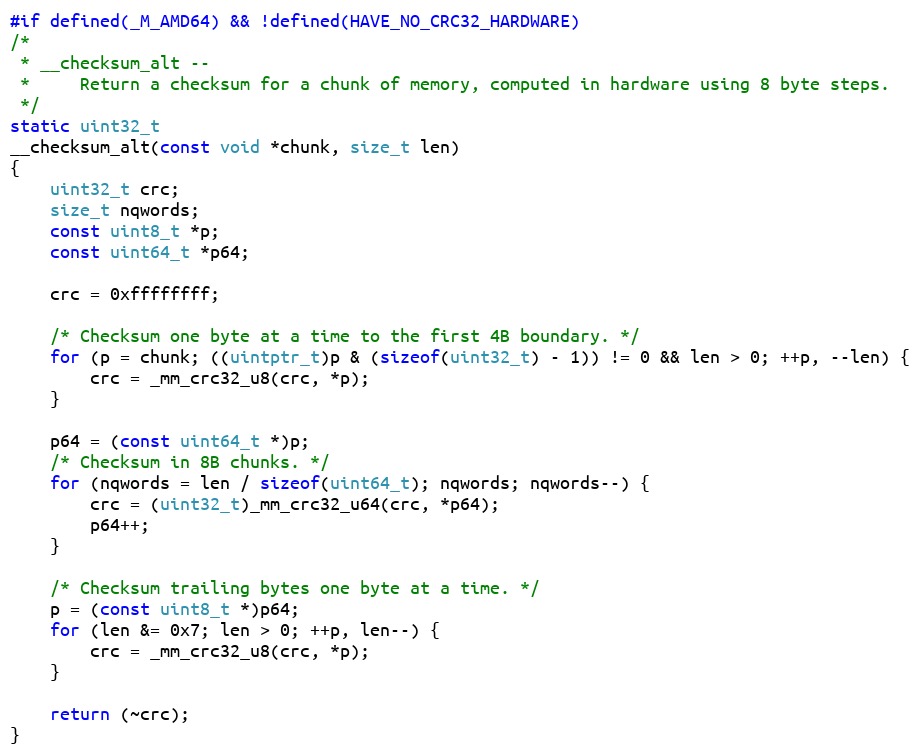
Language: C
#if defined(_M_AMD64) && !defined(HAVE_NO_CRC32_HARDWARE)
/*
 * __checksum_alt --
 *     Return a checksum for a chunk of memory, computed in hardware using 8 byte steps.
 */
static uint32_t
__checksum_alt(const void *chunk, size_t len)
{
    uint32_t crc;
    size_t nqwords;
    const uint8_t *p;
    const uint64_t *p64;

    crc = 0xffffffff;

    /* Checksum one byte at a time to the first 4B boundary. */
    for (p = chunk; ((uintptr_t)p & (sizeof(uint32_t) - 1)) != 0 && len > 0; ++p, --len) {
        crc = _mm_crc32_u8(crc, *p);
    }

    p64 = (const uint64_t *)p;
    /* Checksum in 8B chunks. */
    for (nqwords = len / sizeof(uint64_t); nqwords; nqwords--) {
        crc = (uint32_t)_mm_crc32_u64(crc, *p64);
        p64++;
    }

    /* Checksum trailing bytes one byte at a time. */
    p = (const uint8_t *)p64;
    for (len &= 0x7; len > 0; ++p, len--) {
        crc = _mm_crc32_u8(crc, *p);
    }

    return (~crc);
}